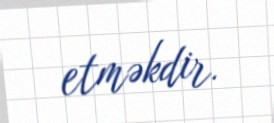
etməkdir.